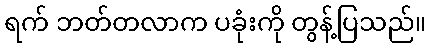
ရက် ဘတ်တလာက ပခုံးကို တွန့်ပြသည်။